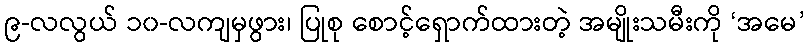
၉-လလွယ် ၁၀-လကျမှဖွား၊ ပြုစု စောင့်ရှောက်ထားတဲ့ အမျိုးသမီးကို ‘အမေ’